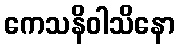
ကေသနိဝါသိနော